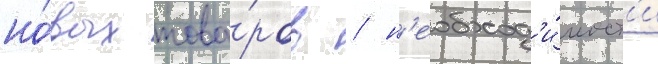
но́вых това́ров / н'еобход'и́мост'и